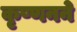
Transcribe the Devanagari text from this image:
कृष्णनने